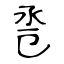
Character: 卺